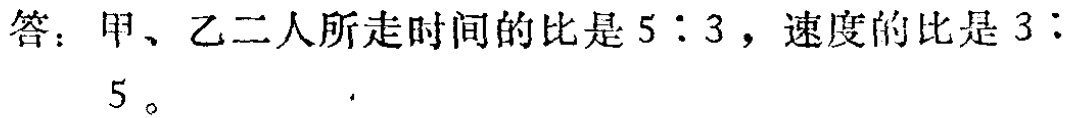
答：甲、乙二人所走时间的比是 \(5:3\)，速度的比是 \(3:5\)。